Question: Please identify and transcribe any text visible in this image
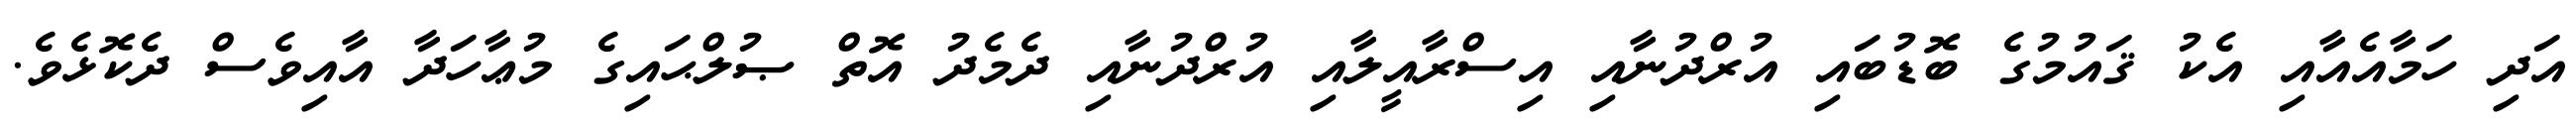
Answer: އަދި ހަމާއެއާއި އެކު ޤައުމުގެ ބޮޑުބައި އުރްދުނާއި އިސްރާއީލާއި އުރްދުނާއި ދެމެދު އޮތް ޞުލްޙައިގެ މުޢާހަދާ އާއިވެސް ދެކޮޅެވެ.